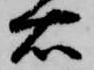
右